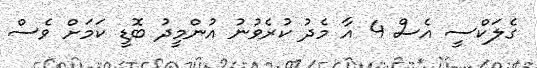
ގެލަކްސީ އެސް 4 އާ މެދު ކުރެވުނު އުންމީދު ބޮޑީ ކަމަށް ވެސް